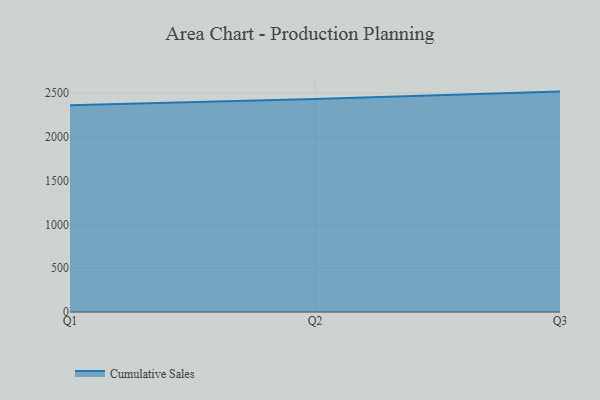
{"axis": {"x": "Quarter", "y": "Gross Profit (USD K)"}, "legend": ["Cumulative Sales"], "data": [{"x": "Q1", "y": 2360.0, "type": "Cumulative Sales"}, {"x": "Q2", "y": 2431.2, "type": "Cumulative Sales"}, {"x": "Q3", "y": 2515.5, "type": "Cumulative Sales"}]}